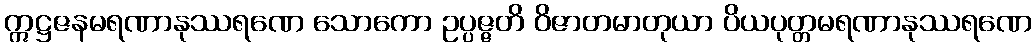
ဣဋ္ဌဇနမရဏာနုဿရဏေ သောကော ဥပ္ပဇ္ဇတိ ဝိဇာတမာတုယာ ပိယပုတ္တမရဏာနုဿရဏေ